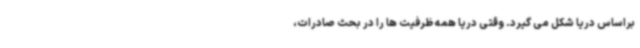
براساس دریا شکل می گیرد. وقتی دریا همه ظرفیت ها را در بحث صادرات،